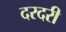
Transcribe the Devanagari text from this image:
दरदरी